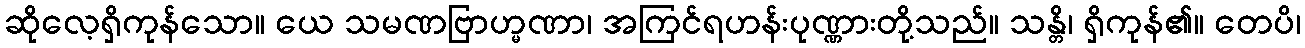
ဆိုလေ့ရှိကုန်သော။ ယေ သမဏဗြာဟ္မဏာ၊ အကြင်ရဟန်းပုဏ္ဏားတို့သည်။ သန္တိ၊ ရှိကုန်၏။ တေပိ၊